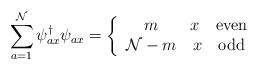
LaTeX: \begin{align*}\sum_{a=1}^{\cal N}\psi^{\dagger}_{ax}\psi_{ax}=\left\{\begin{array}{cc}m&x\quad $even$\\{\cal N}-m&x\quad $odd$\end{array} \right.\end{align*}